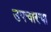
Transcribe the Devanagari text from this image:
उपचारचा